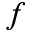
\mathnormal { f }